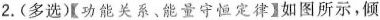
2.(多选)【功能关系、能量守恒定律】如图所示，倾